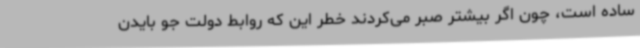
ساده است، چون اگر بیشتر صبر می‌کردند خطر این که روابط دولت جو بایدن